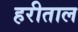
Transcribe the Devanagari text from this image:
हरीताल